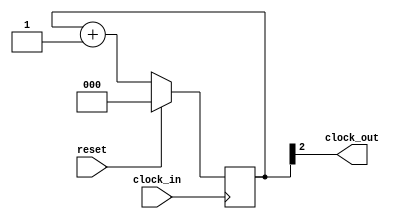
module clock_divider(/*AUTOARG*/
   // Outputs
   clock_out,
   // Inputs
   clock_in, reset
   );

   parameter
     BITS = 3;

   output wire clock_out;

   input wire  clock_in, reset;
   
   reg [BITS-1:0]           counter;

   assign clock_out = counter[BITS-1];

   always @(posedge clock_in) begin
      if (reset) begin
         counter <= {BITS{1'd0}};
      end
      else begin
         counter <= counter + {{BITS-1{1'd0}}, 1'd1};
      end
   end

endmodule